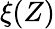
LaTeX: \xi(Z)